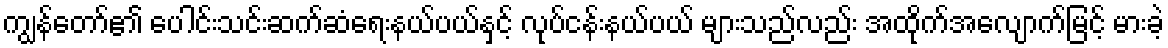
ကျွန်တော်၏ ပေါင်းသင်းဆက်ဆံရေးနယ်ပယ်နှင့် လုပ်ငန်းနယ်ပယ် များသည်လည်း အထိုက်အလျောက်မြင့် မားခဲ့